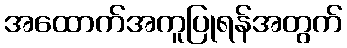
အထောက်အကူပြုရန်အတွက်